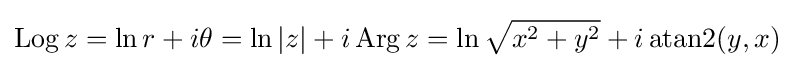
\operatorname {Log} z=\ln r+i\theta =\ln |z|+i\operatorname {Arg} z=\ln {\sqrt {x^{2}+y^{2}}}+i\operatorname {atan2} (y,x)